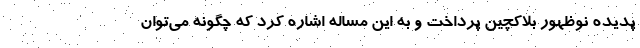
پدیده نوظهور بلاکچین پرداخت و به این مساله اشاره کرد که چگونه می‌توان